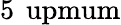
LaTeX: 5\, \mathrm{\ upmum}